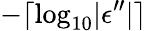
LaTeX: -\lceil\log_{10}\lvert\epsilon^{\prime\prime}\rvert\rceil